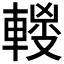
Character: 𰹜